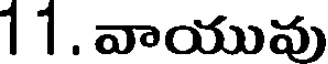
11. వాయువు